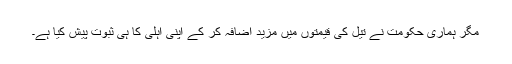
مگر ہماری حکومت نے تیل کی قیمتوں میں مزید اضافہ کر کے اپنی اہلی کا ہی ثبوت پیش کیا ہے۔